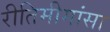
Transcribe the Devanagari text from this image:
रीतिमीमांसा